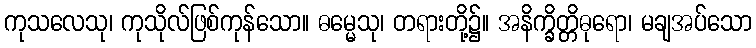
ကုသလေသု၊ ကုသိုလ်ဖြစ်ကုန်သော။ ဓမ္မေသု၊ တရားတို့၌။ အနိက္ခိတ္တိဓုရော၊ မချအပ်သော